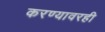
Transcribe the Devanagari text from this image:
करण्यावरही